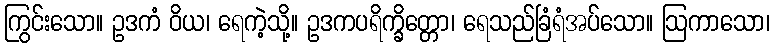
ကြွင်းသော။ ဥဒကံ ဝိယ၊ ရေကဲ့သို့။ ဥဒကပရိက္ခိတ္တော၊ ရေသည်ခြံရံအပ်သော။ ဩကာသော၊